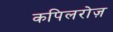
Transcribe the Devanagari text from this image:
कपिलरोज़